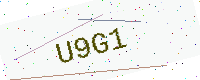
Text: U9G1